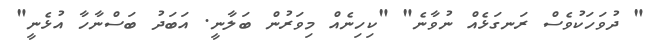
" ދުވަހަކުވެސް ރަނގަޅެއް ނުވާނެ" "ކިހިނެއް މިވަރުން ބަލާނީ. އަބަދު ބަސްނާހާ އުޅެނީ"